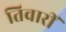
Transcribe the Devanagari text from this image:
तिवारीं